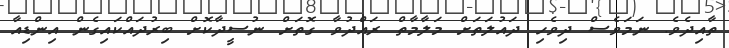
ތާއިދެވެ. ނަމަވެސް ދިވެހި ދައުލަތަށް މަލާމާތް ރައްދުވާ ގޮތަށް ނުސީދާކޮށް ބިރުދައްކައިގެން އިންޑިއާ